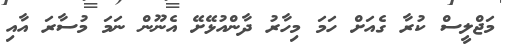
މަޖްލީސް ކުރާ ގެއަށް ހަމަ މިހާރު ދާންއުޅޭށޭ އެނޫން ނަމަ މުސާރަ އާއި